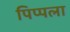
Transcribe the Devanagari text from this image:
पिप्पला